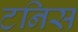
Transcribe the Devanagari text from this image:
टनिस